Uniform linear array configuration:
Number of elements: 8
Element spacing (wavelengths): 0.25
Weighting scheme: hann
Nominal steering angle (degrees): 15
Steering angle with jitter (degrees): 14.283
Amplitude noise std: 0.05
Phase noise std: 0.05

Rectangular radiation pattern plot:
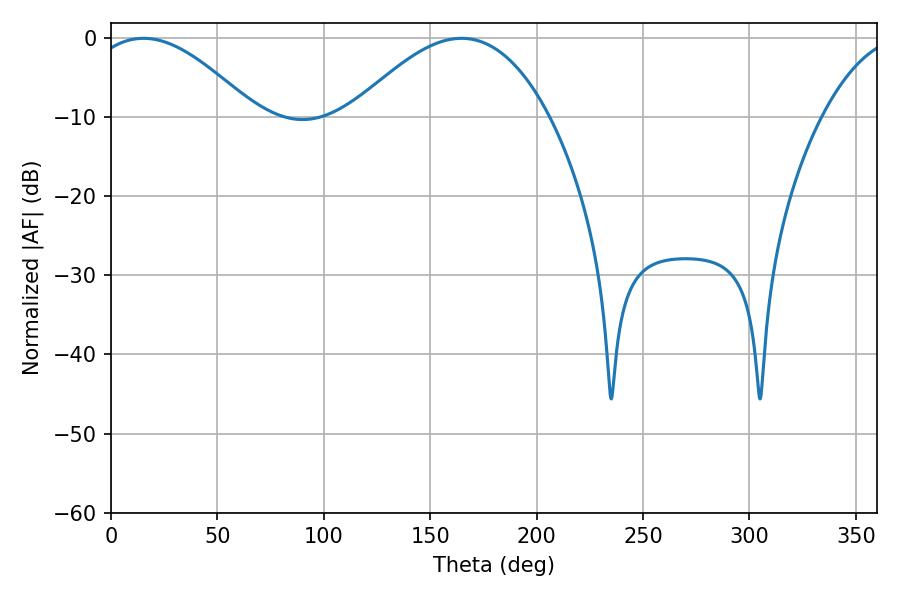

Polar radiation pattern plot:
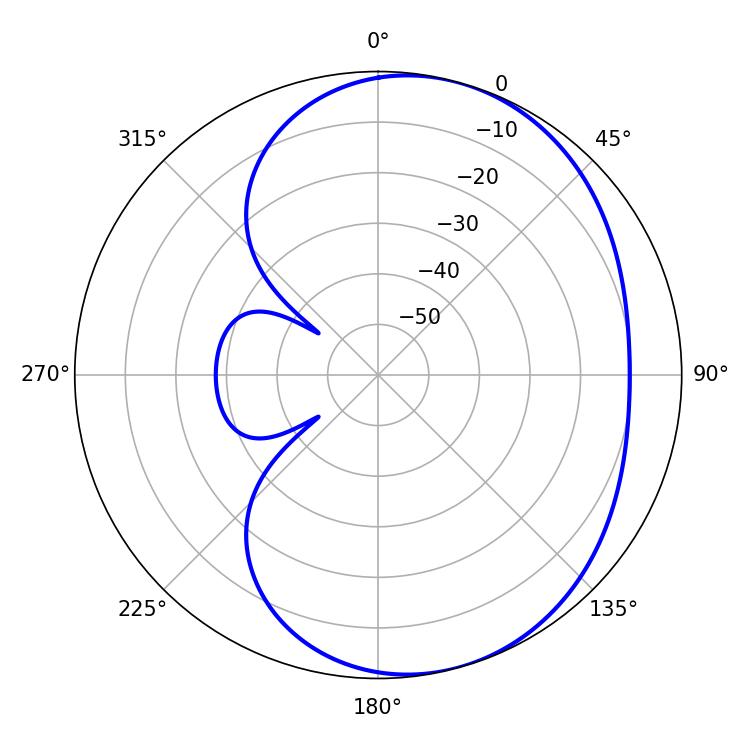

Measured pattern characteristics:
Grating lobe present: FALSE
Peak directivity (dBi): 4.993
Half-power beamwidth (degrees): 42.48
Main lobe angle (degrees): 15.3